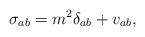
LaTeX: \begin{align*}\sigma _{ab}=m^2\delta _{ab}+v_{ab},\end{align*}